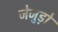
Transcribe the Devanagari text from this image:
जेजुड़ो